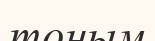
тоным